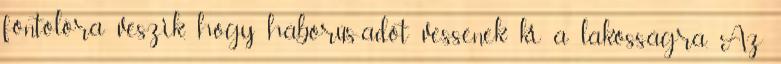
fontolóra veszik, hogy háborús-adót vessenek ki a lakosságra. Az